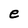
Character: e